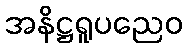
အနိဋ္ဌရူပညေဝ